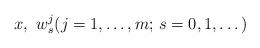
LaTeX: \begin{align*} x,\ w^j_s(j=1,\ldots,m;\, s=0,1,\ldots\,)\end{align*}